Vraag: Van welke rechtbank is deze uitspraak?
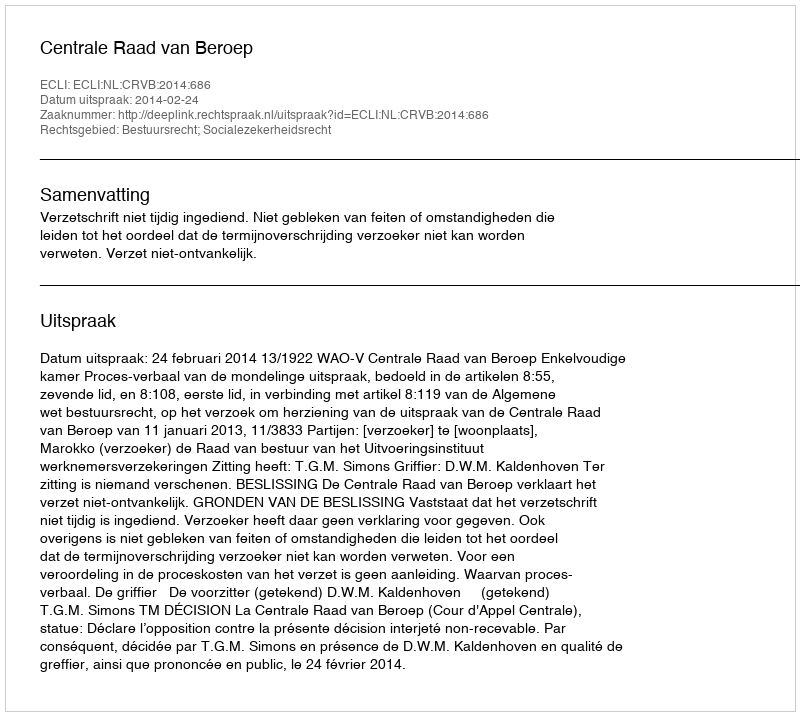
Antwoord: Centrale Raad van Beroep